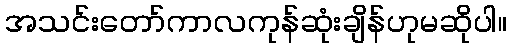
အသင်းတော်ကာလကုန်ဆုံးချိန်ဟုမဆိုပါ။